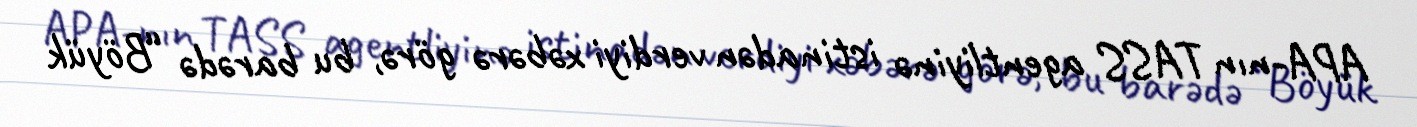
APA-nın TASS agentliyinə istinadən verdiyi xəbərə görə, bu barədə “Böyük